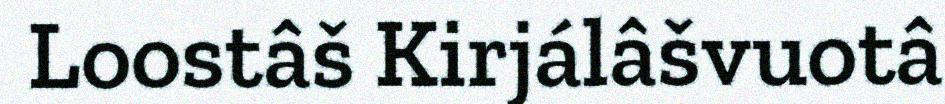
Loostâš Kirjálâšvuotâ